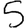
Digit: 5